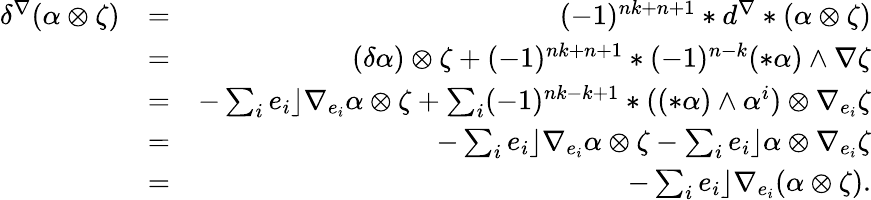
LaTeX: \begin{array}{rlr}{\delta^{\nabla}(\alpha\otimes\zeta)}&{=}&{(-1)^{nk+n+1}*d^{\nabla}*(\alpha\otimes\zeta)}\\ &{=}&{(\delta\alpha)\otimes\zeta+(-1)^{nk+n+1}*(-1)^{n-k}(*\alpha)\wedge\nabla\zeta}\\ &{=}&{-\sum_{i}e_{i}\rfloor\nabla_{e_{i}}\alpha\otimes\zeta+\sum_{i}(-1)^{nk-k+1}*((*\alpha)\wedge\alpha^{i})\otimes\nabla_{e_{i}}\zeta}\\ &{=}&{-\sum_{i}e_{i}\rfloor\nabla_{e_{i}}\alpha\otimes\zeta-\sum_{i}e_{i}\rfloor\alpha\otimes\nabla_{e_{i}}\zeta}\\ &{=}&{-\sum_{i}e_{i}\rfloor\nabla_{e_{i}}(\alpha\otimes\zeta).}\end{array}